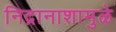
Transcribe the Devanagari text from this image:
निद्रानाशामुळे